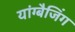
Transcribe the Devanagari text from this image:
यांग्बैजिंग